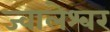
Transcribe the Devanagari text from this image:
ज्‍वालेश्‍वर